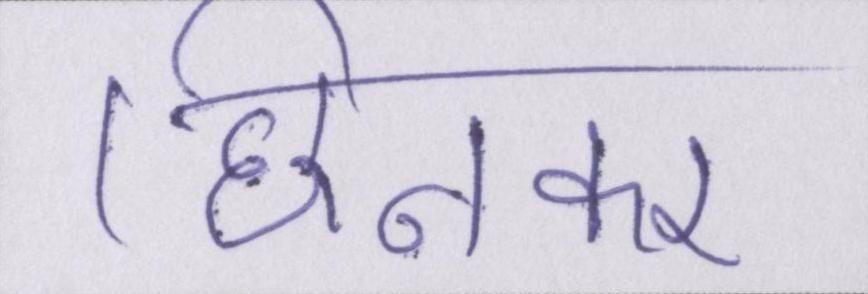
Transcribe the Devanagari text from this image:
छिनकर